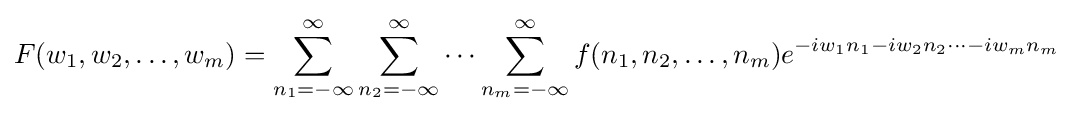
F(w_{1},w_{2},\dots ,w_{m})=\sum _{n_{1}=-\infty }^{\infty }\sum _{n_{2}=-\infty }^{\infty }\cdots \sum _{n_{m}=-\infty }^{\infty }f(n_{1},n_{2},\dots ,n_{m})e^{-iw_{1}n_{1}-iw_{2}n_{2}\cdots -iw_{m}n_{m}}